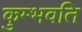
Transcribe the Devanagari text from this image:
कुम्भवति